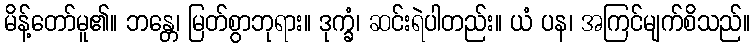
မိန့်တော်မူ၏။ ဘန္တေ၊ မြတ်စွာဘုရား။ ဒုက္ခံ၊ ဆင်းရဲပါတည်း။ ယံ ပန၊ အကြင်မျက်စိသည်။